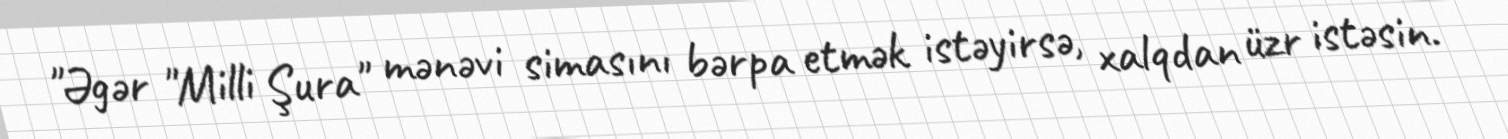
"Əgər "Milli Şura" mənəvi simasını bərpa etmək istəyirsə, xalqdan üzr istəsin.